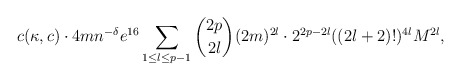
\begin{align*} c(\kappa,c) \cdot 4m n^{-\delta}e^{16}\sum_{1 \leq l \leq p-1}{\binom{2p}{2l}(2m)^{2l}} \cdot 2^{2p-2l}((2l+2)!)^{4l}M^{2l},\end{align*}